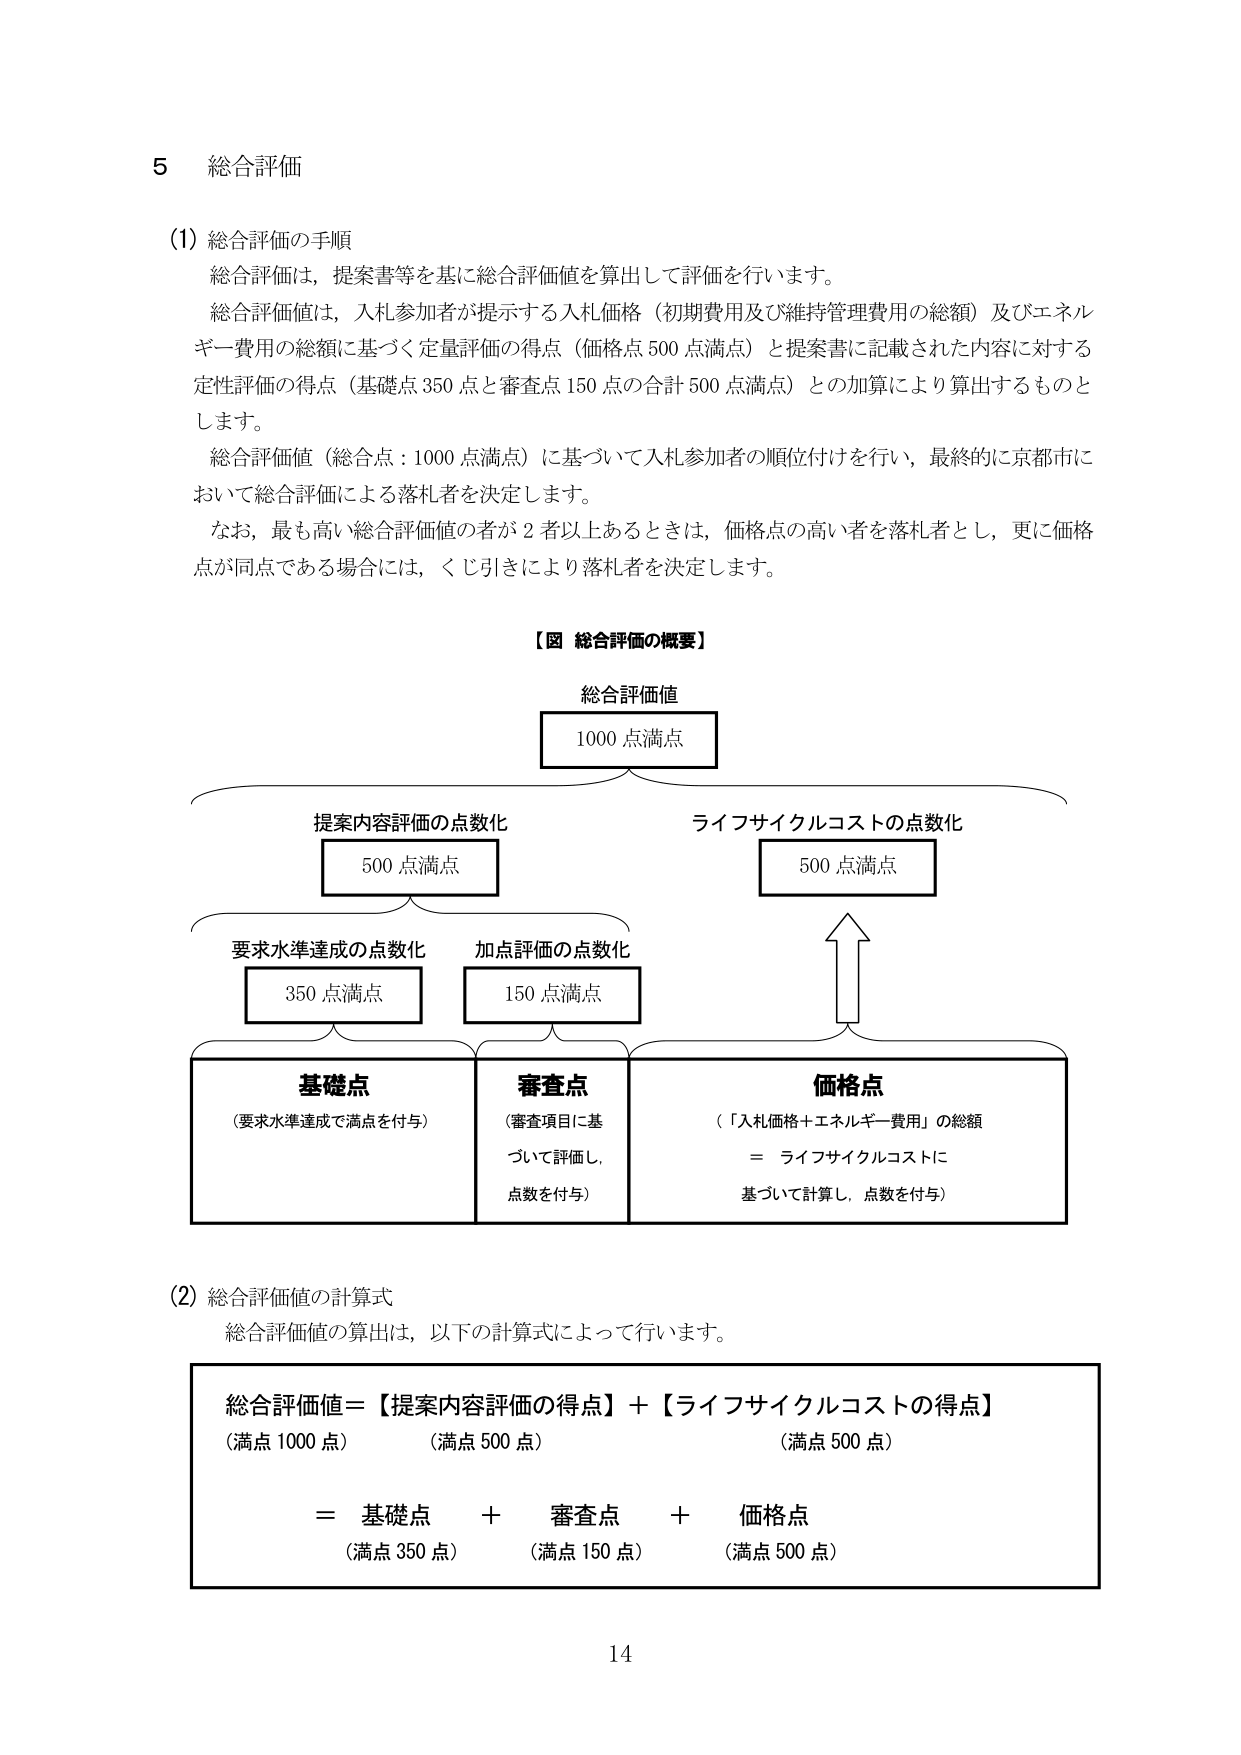
5 総合評価

(1) 総合評価の手順
総合評価は、提案書等を基に総合評価値を算出して評価を行います。
総合評価値は、入札参加者が提示する入札価格（初期費用及び維持管理費用の総額）及びエネルギー費用の総額に基づく定量評価の得点（価格点500点満点）と提案書に記載された内容に対する定性評価の得点（基礎点350点と審査点150点の合計500点満点）との加算により算出するものとします。
総合評価値（総合点：1000点満点）に基づいて入札参加者の順位付けを行い、最終的に京都市において総合評価による落札者を決定します。
なお、最も高い総合評価値の者が2者以上あるときは、価格点の高い者を落札者とし、更に価格点が同点である場合には、くじ引きにより落札者を決定します。

【図 総合評価の概要】
総合評価値
1000点満点
提案内容評価の点数化
500点満点
ライフサイクルコストの点数化
500点満点
要求水準達成の点数化
350点満点
加点評価の点数化
150点満点
基礎点
（要求水準達成で満点を付与）
審査点
（審査項目に基づいて評価し、点数を付与）
価格点
（「入札価格＋エネルギー費用」の総額
＝ ライフサイクルコストに基づいて計算し、点数を付与）

(2) 総合評価値の計算式
総合評価値の算出は、以下の計算式によって行います。
総合評価値＝【提案内容評価の得点】＋【ライフサイクルコストの得点】
（満点1000点） （満点500点） （満点500点）
＝ 基礎点 ＋ 審査点 ＋ 価格点
（満点350点） （満点150点） （満点500点）

14